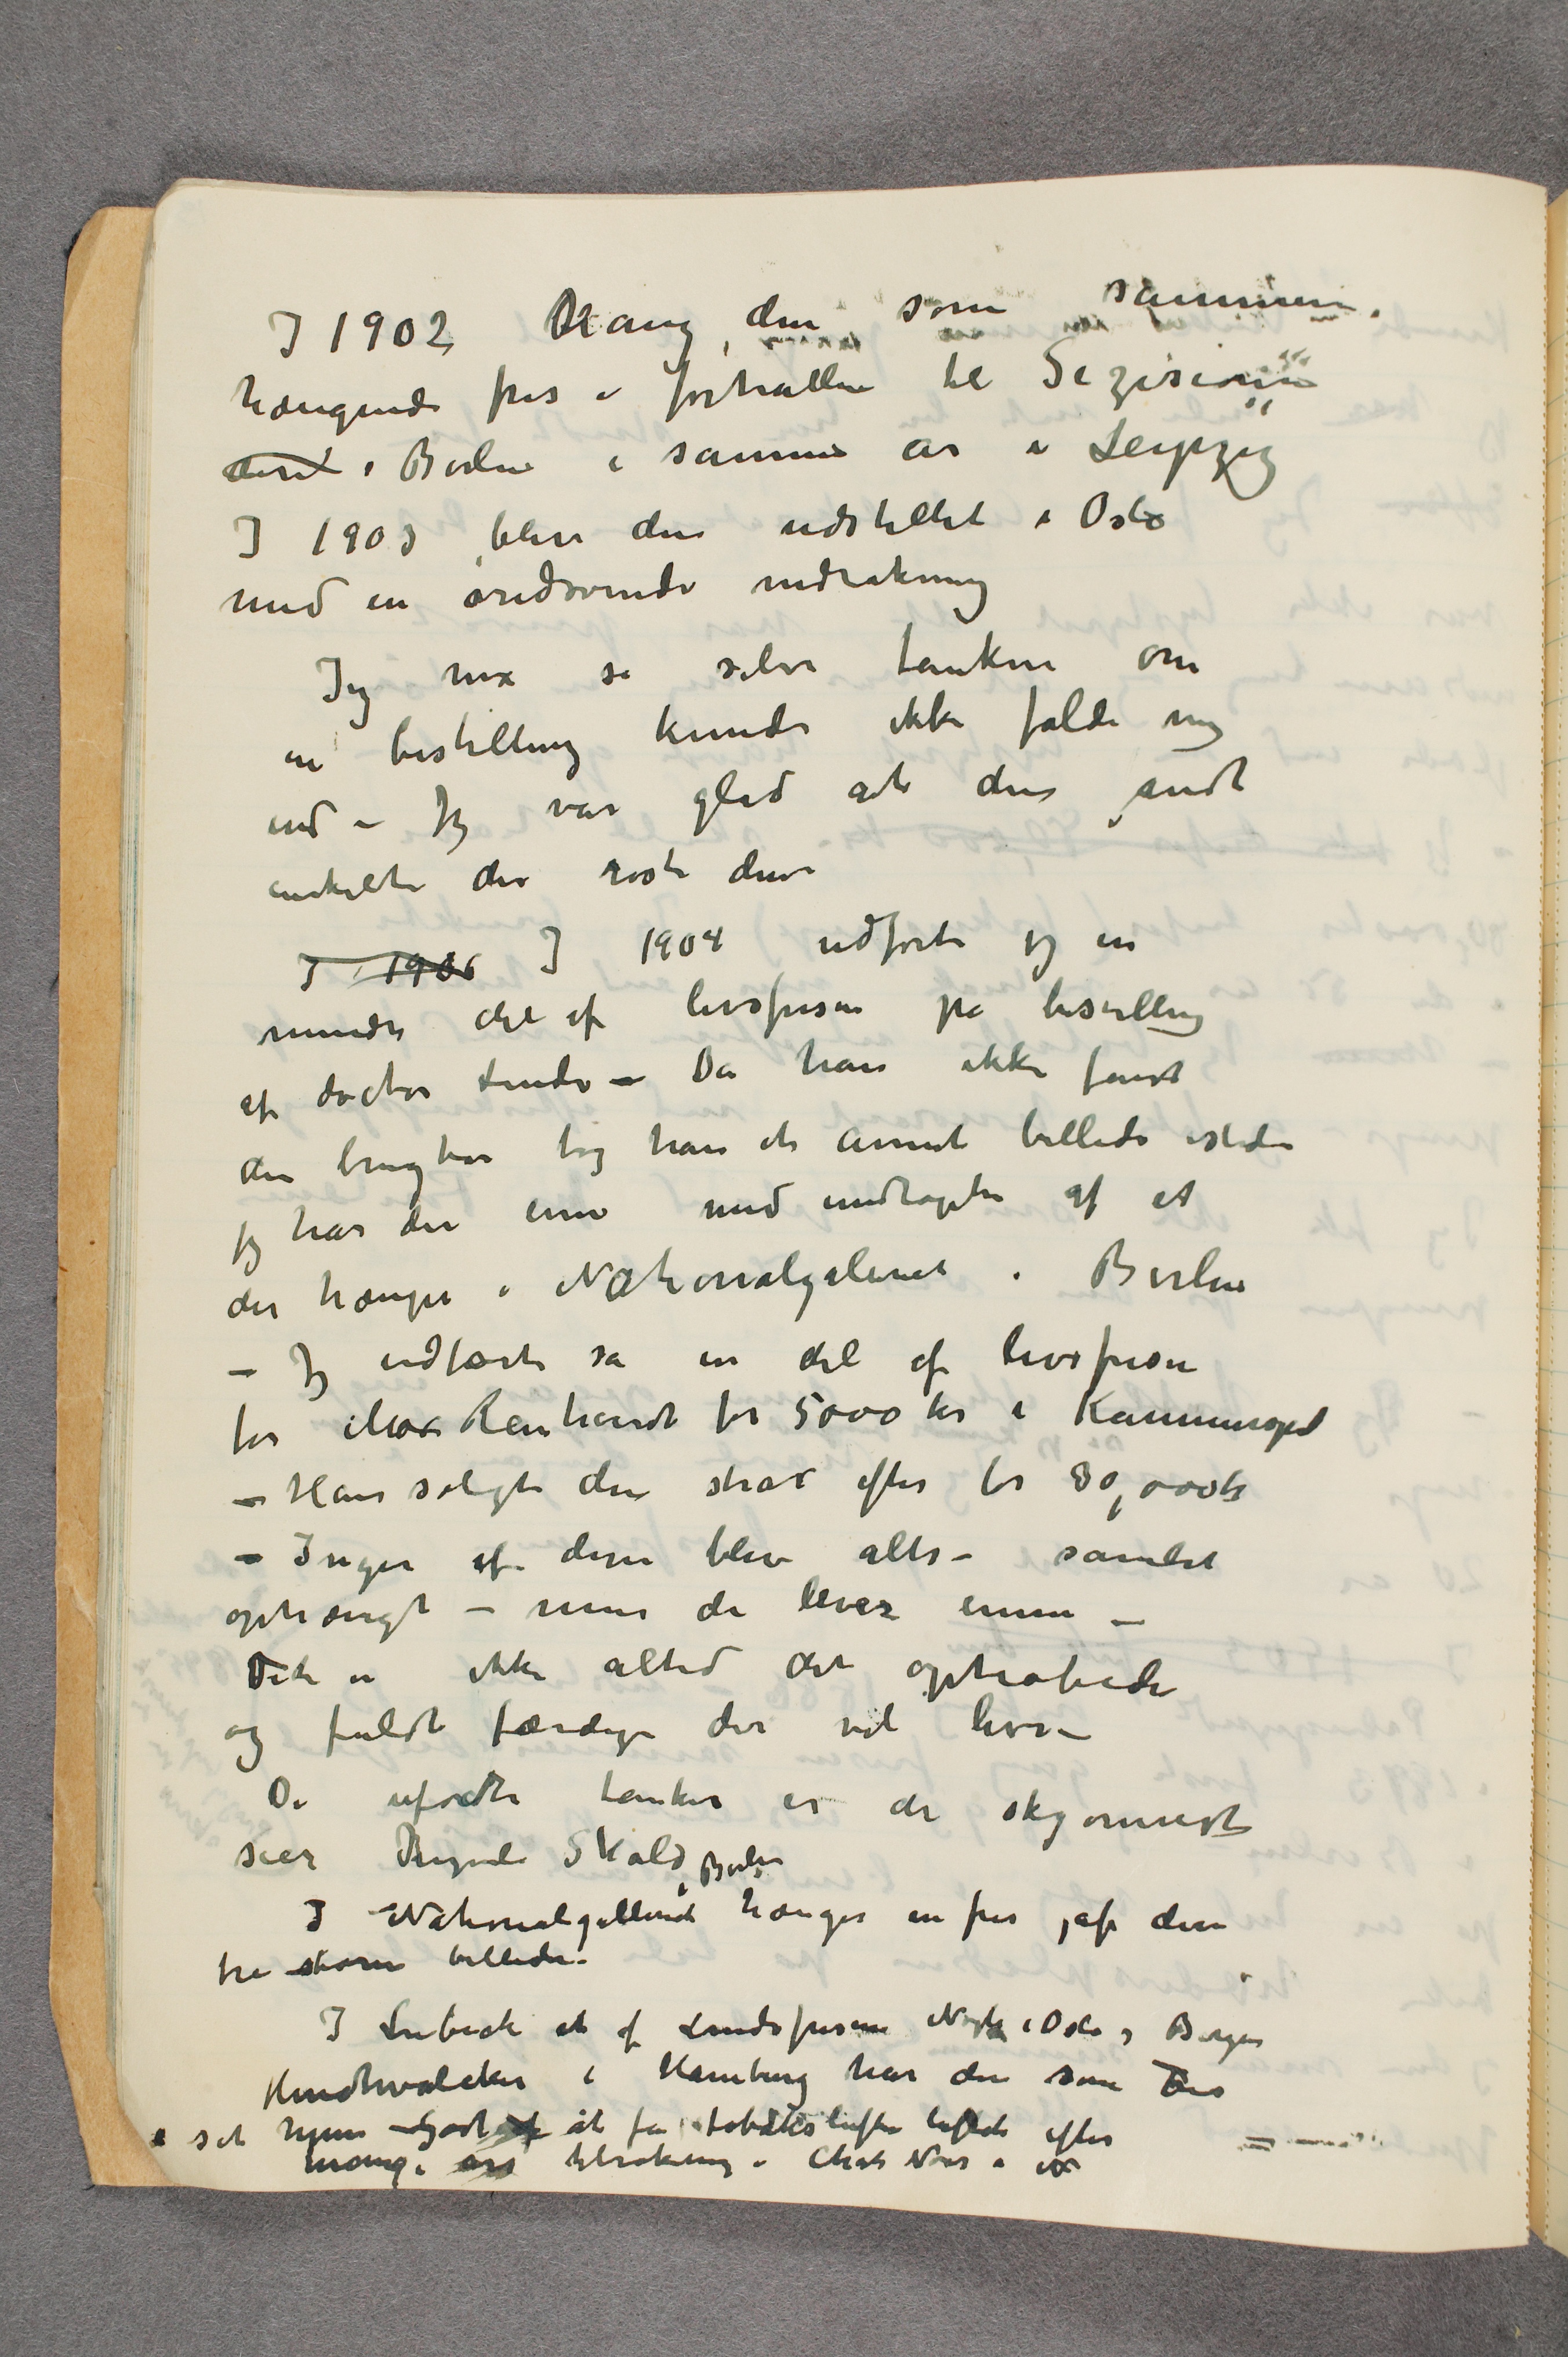
I 1902 hang den som sammen-
hængende fris i forhallen til Sezesionen
…  i Berlin i samme år i Leipzig
I 1903 blev den udstillet i Oslo
med en øredøvende nedrakning
Jeg har så  selve tanken om
en bestilling kunde ikke falde mig
ind – Jeg var glad at der fandt
enkelte der roste den –
 I 1906 I 1904 udførte jeg en
mindre del af livsfrisen på bestilling
af doctor Linde – Da han ikke fandt
den brugbar tog han et annet billede isteden
jeg har den enn med undtaget af et
der hænger i Nationalgaleriet i Berlin
– Jeg udførte så en del af livsfrisen
for Max Reinhardt for 5000 kr i Kammerspiel
– Han solgte den strax efter for 30,000 kr
– Ingen af dem blev altså samlet
ophængt – men de lever ennu –
Det er ikke altid det ophobede
og fuldt færdige der vil leve –
De ufødte tanker er de skjønneste
sier Sigurd Skald
I Nationalgalleriet i Berlin hænger en fris, af disse
tre store billeder.
I Lübeck et af Lindefrisen  Nogle i Oslo og Bergen
Hudtwalcker i Hamburg har den som Fris
i sit hjem – Godt af at få tobaksluften luftede efter
mange års tilrøkning i Chat Noir i N